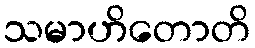
သမာဟိတောတိ